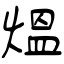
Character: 煴